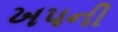
ખપની